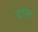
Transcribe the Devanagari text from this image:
ब्राम्ह